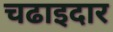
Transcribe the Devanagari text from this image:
चढाइदार